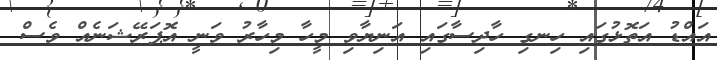
އައްޑު އަތޮޅުގައި ހިނގި ހާދިސާގައި އަނިޔާވި މީހާ މިހާރު ވަނީ އޮޕަރޭޝަނެއް ވެސް